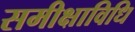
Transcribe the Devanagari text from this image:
समीक्षाविधि